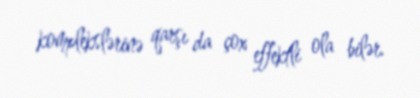
komplekslərinə qarşı da çox effektli ola bilər.